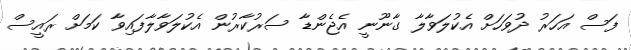
ފަސް އަހަރު ދުވަހަށް އެކުލަވާލާ ގާނޫނީ އެޖެންޑާ ސަރުކާރުން އެކުލަވާލާފައިވާ ކަމަށް ރައީސް